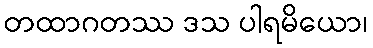
တထာဂတဿ ဒသ ပါရမိယော၊